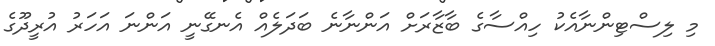
މި ލިސްޓިންނާއެކު ހިއްސާގެ ބާޒާރަށް އަންނާނެ ބަދަލެއް އެނގޭނީ އަންނަ އަހަރު އުރީދޫގެ